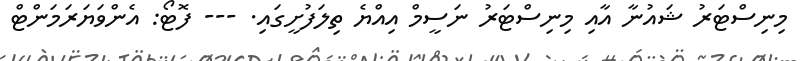
މިނިސްޓަރު ޝައުނާ އާއި މިނިސްޓަރު ނަސީމް އިއްޔެ ތިލަފުށީގައި. --- ފޮޓޯ: އެންވަޔަރަމަންޓް